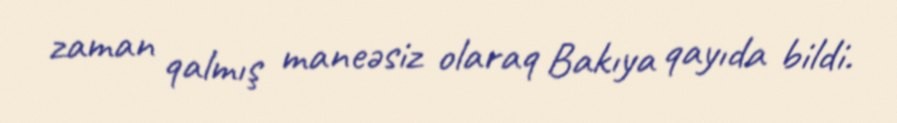
zaman qalmış maneəsiz olaraq Bakıya qayıda bildi.